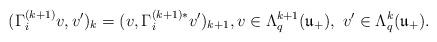
LaTeX: \begin{align*}(\Gamma_i^{(k + 1)} v, v^\prime)_{k} = (v, \Gamma_i^{(k + 1)*} v^\prime)_{k + 1}, v \in \Lambda_q^{k + 1} (\mathfrak{u}_+), \ v^\prime \in \Lambda_{q}^{k} (\mathfrak{u}_+).\end{align*}